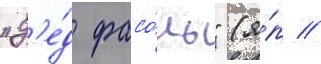
"д'е́д фасо́ль" (я́п //